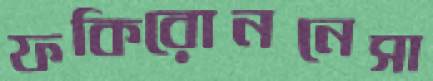
ফকিরোননেসা